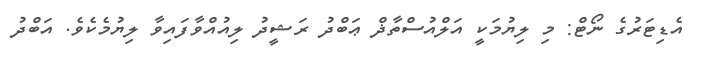
އެޑިޓަރުގެ ނޯޓް: މި ލިޔުމަކީ އަލްއުސްތާޛް ޢަބްދު ރަޝީދު ލިއުއްވާފައިވާ ލިޔުމެކެވެ. އަބްދު